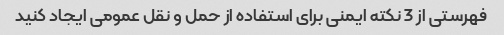
فهرستی از 3 نکته ایمنی برای استفاده از حمل و نقل عمومی ایجاد کنید